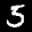
Label: 5